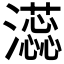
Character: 𬉡